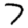
Digit: 7